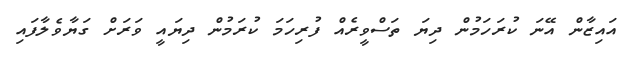
އައިޒާން އޭނަ ކުރަހަމުން ދިޔަ ތަސްވީރެއް ފުރިހަމަ ކުރަމުން ދިޔައީ ވަރަށް ގަޔާވެލާފައި